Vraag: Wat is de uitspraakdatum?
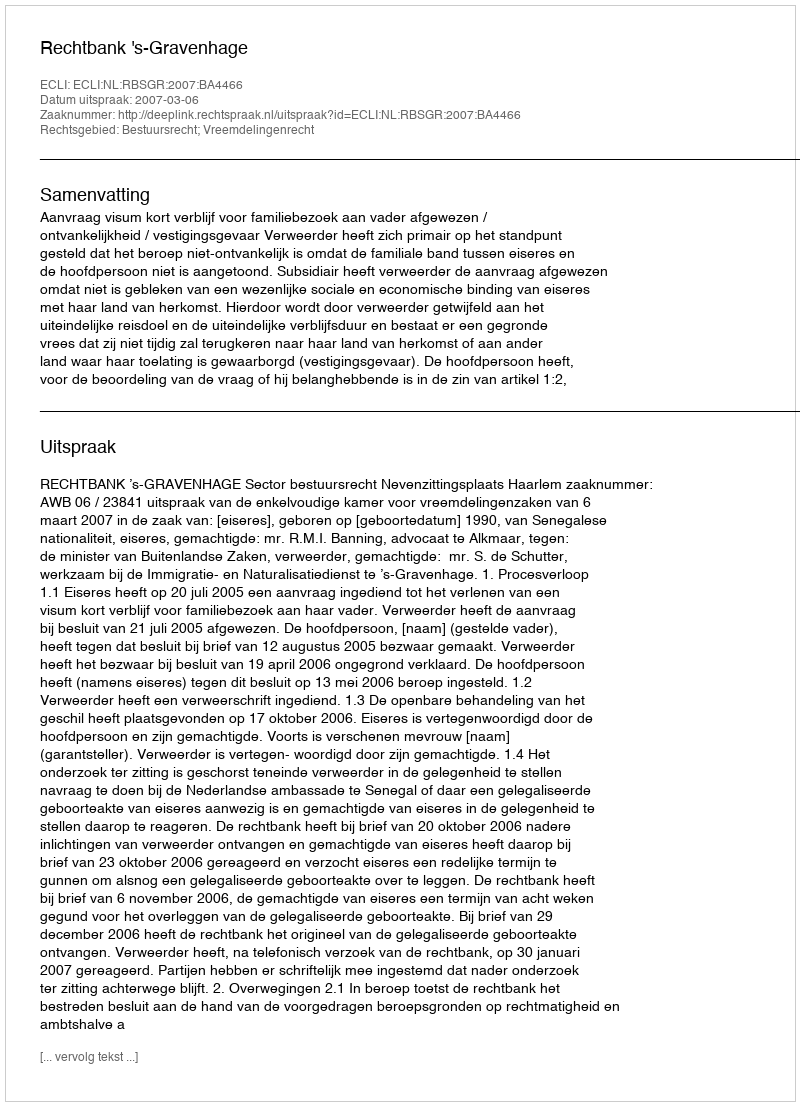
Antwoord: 2007-03-06